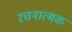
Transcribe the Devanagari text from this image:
ऱचनात्मक